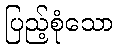
ပြည့်စုံသော